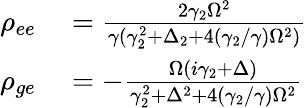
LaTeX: \begin{array}{rl}{\rho_{ee}}&{{}=\frac{2\gamma_{2}\Omega^{2}}{\gamma(\gamma_{2}^{2}+\Delta_{2}+4(\gamma_{2}/\gamma)\Omega^{2})}}\\ {\rho_{ge}}&{{}=-\frac{\Omega(i\gamma_{2}+\Delta)}{\gamma_{2}^{2}+\Delta^{2}+4(\gamma_{2}/\gamma)\Omega^{2}}}\end{array}